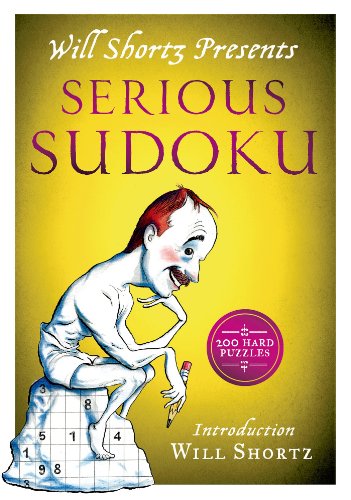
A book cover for Will Shortz Presents Serious Sudoku: 200 Hard Puzzles; Will Shortz; Humor & Entertainment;